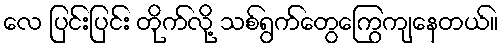
လေ ပြင်းပြင်း တိုက်လို့ သစ်ရွက်တွေကြွေကျနေတယ်။